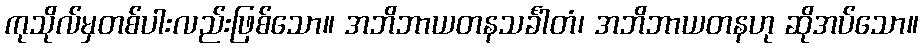
ကုသိုလ်မှတစ်ပါးလည်းဖြစ်သော။ အဘိဘာယတနသင်္ခါတံ၊ အဘိဘာယတနဟု ဆိုအပ်သော။